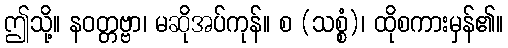
ဤသို့။ နဝတ္တဗ္ဗာ၊ မဆိုအပ်ကုန်။ စ (သစ္စံ)၊ ထိုစကားမှန်၏။